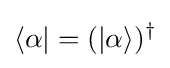
\langle \alpha |=(|\alpha \rangle )^{\dagger }